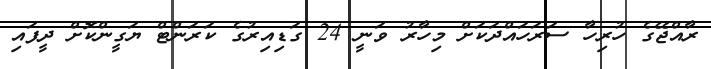
ރާއްޖޭގެ ހުރިހާ ސަރަހައްދަކަށް މިހާރު ވަނީ 24 ގަޑިއިރުގެ ކަރަންޓް ޔަގީންކޮށް ދީފައި